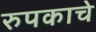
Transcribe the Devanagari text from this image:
रुपकाचे